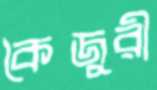
কৈজুরী